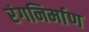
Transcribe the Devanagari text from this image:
रंगनिर्माण